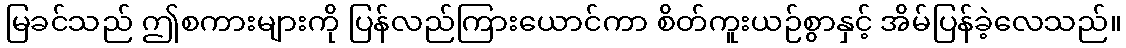
မြခင်သည် ဤစကားများကို ပြန်လည်ကြားယောင်ကာ စိတ်ကူးယဉ်စွာနှင့် အိမ်ပြန်ခဲ့လေသည်။